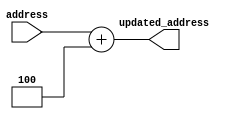
/* Author: Santosh Srivatsan	2017A8PS1924G */
/* SUB-MODULE : ADD 0x04 TO PC */

module add_4(
		input [31:0] address,
		output [31:0] updated_address
		);
	
	assign updated_address = address + 32'h04;
endmodule

/*******************************************************************************************************************************************************************/

/* Testbench */

module tb_add_4;
	reg [31:0] tb_address;
	wire [31:0] tb_updated_address;
	
	/* Instantiating the update_pc module */
	add_4 A4(.address(tb_address), .updated_address(tb_updated_address));

	initial #100 $finish;
	
	initial
	begin
		tb_address = 32'h04;
		#10 tb_address = 32'h08;
		#10 tb_address = 32'h0c;
		#10 tb_address = 32'h10;
		#10 tb_address = 32'h14;
		#10 tb_address = 32'h18;
	end
endmodule

/*******************************************************************************************************************************************************************/